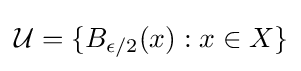
{\mathcal {U}}=\{B_{\epsilon /2}(x):x\in X\}